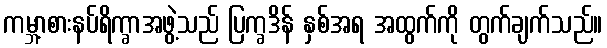
ကမ္ဘာ့စားနပ်ရိက္ခာအဖွဲ့သည် ပြက္ခဒိန် နှစ်အရ အထွက်ကို တွက်ချက်သည်။